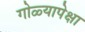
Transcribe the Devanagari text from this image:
गोळ्यापेक्षा